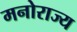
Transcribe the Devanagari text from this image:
मनोराज्य